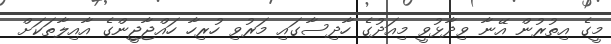
މީގެ އިތުރުން އޭނާ ވިދާޅުވީ މިއަދުގެ ހާދިސާގައި މަރުވި ހުރިހާ ހައްޖާޖީންގެ އާއިލާތަކަށް